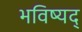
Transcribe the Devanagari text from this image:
भविष्यद्